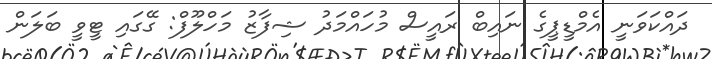
ދައްކަވަނީ އެމްޑީޕީގެ ނައިބް ރައީސް މުހައްމަދު ޝިފާޒު މަހްލޫފް: ގޭގައި ޓީވީ ބަލަން